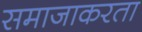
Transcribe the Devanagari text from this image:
समाजाकरता